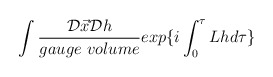
\begin{align*}\int \frac{{\cal D}\vec{x}{\cal D}h}{gauge\ volume} exp\{ i\int_{0}^{\tau} Lhd\tau\}\end{align*}